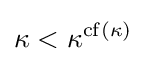
\kappa <\kappa ^{\operatorname {cf} (\kappa )}